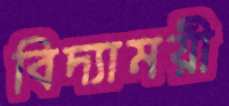
বিদ্যাময়ী